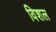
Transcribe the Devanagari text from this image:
विशल